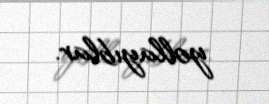
yollayıblar.